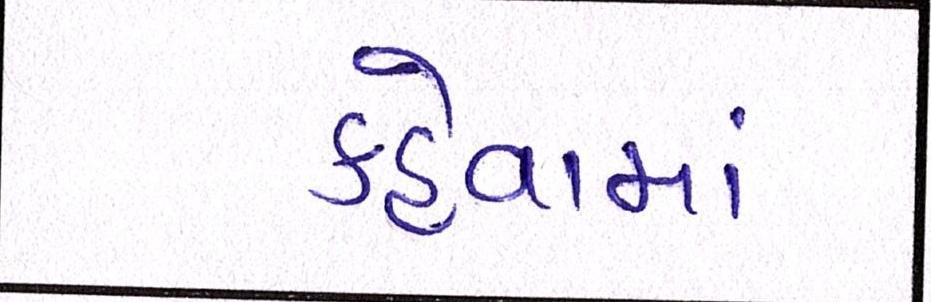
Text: કહેવામાં